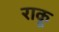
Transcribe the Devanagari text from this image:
राकू